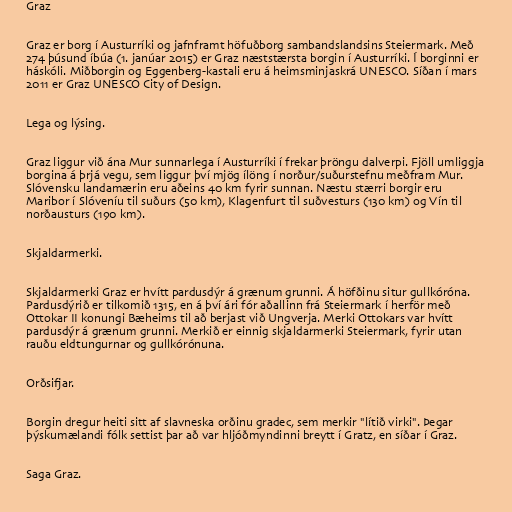
Graz

Graz er borg í Austurríki og jafnframt höfuðborg sambandslandsins Steiermark. Með
274 þúsund íbúa (1. janúar 2015) er Graz næststærsta borgin í Austurríki. Í borginni er
háskóli. Miðborgin og Eggenberg-kastali eru á heimsminjaskrá UNESCO. Síðan í mars
2011 er Graz UNESCO City of Design.

Lega og lýsing.

Graz liggur við ána Mur sunnarlega í Austurríki í frekar þröngu dalverpi. Fjöll umliggja
borgina á þrjá vegu, sem liggur því mjög ílöng í norður/suðurstefnu meðfram Mur.
Slóvensku landamærin eru aðeins 40 km fyrir sunnan. Næstu stærri borgir eru
Maribor í Slóveníu til suðurs (50 km), Klagenfurt til suðvesturs (130 km) og Vín til
norðausturs (190 km).

Skjaldarmerki.

Skjaldarmerki Graz er hvítt pardusdýr á grænum grunni. Á höfðinu situr gullkóróna.
Pardusdýrið er tilkomið 1315, en á því ári fór aðallinn frá Steiermark í herför með
Ottokar II konungi Bæheims til að berjast við Ungverja. Merki Ottokars var hvítt
pardusdýr á grænum grunni. Merkið er einnig skjaldarmerki Steiermark, fyrir utan
rauðu eldtungurnar og gullkórónuna.

Orðsifjar.

Borgin dregur heiti sitt af slavneska orðinu gradec, sem merkir "lítið virki". Þegar
þýskumælandi fólk settist þar að var hljóðmyndinni breytt í Gratz, en síðar í Graz.

Saga Graz.